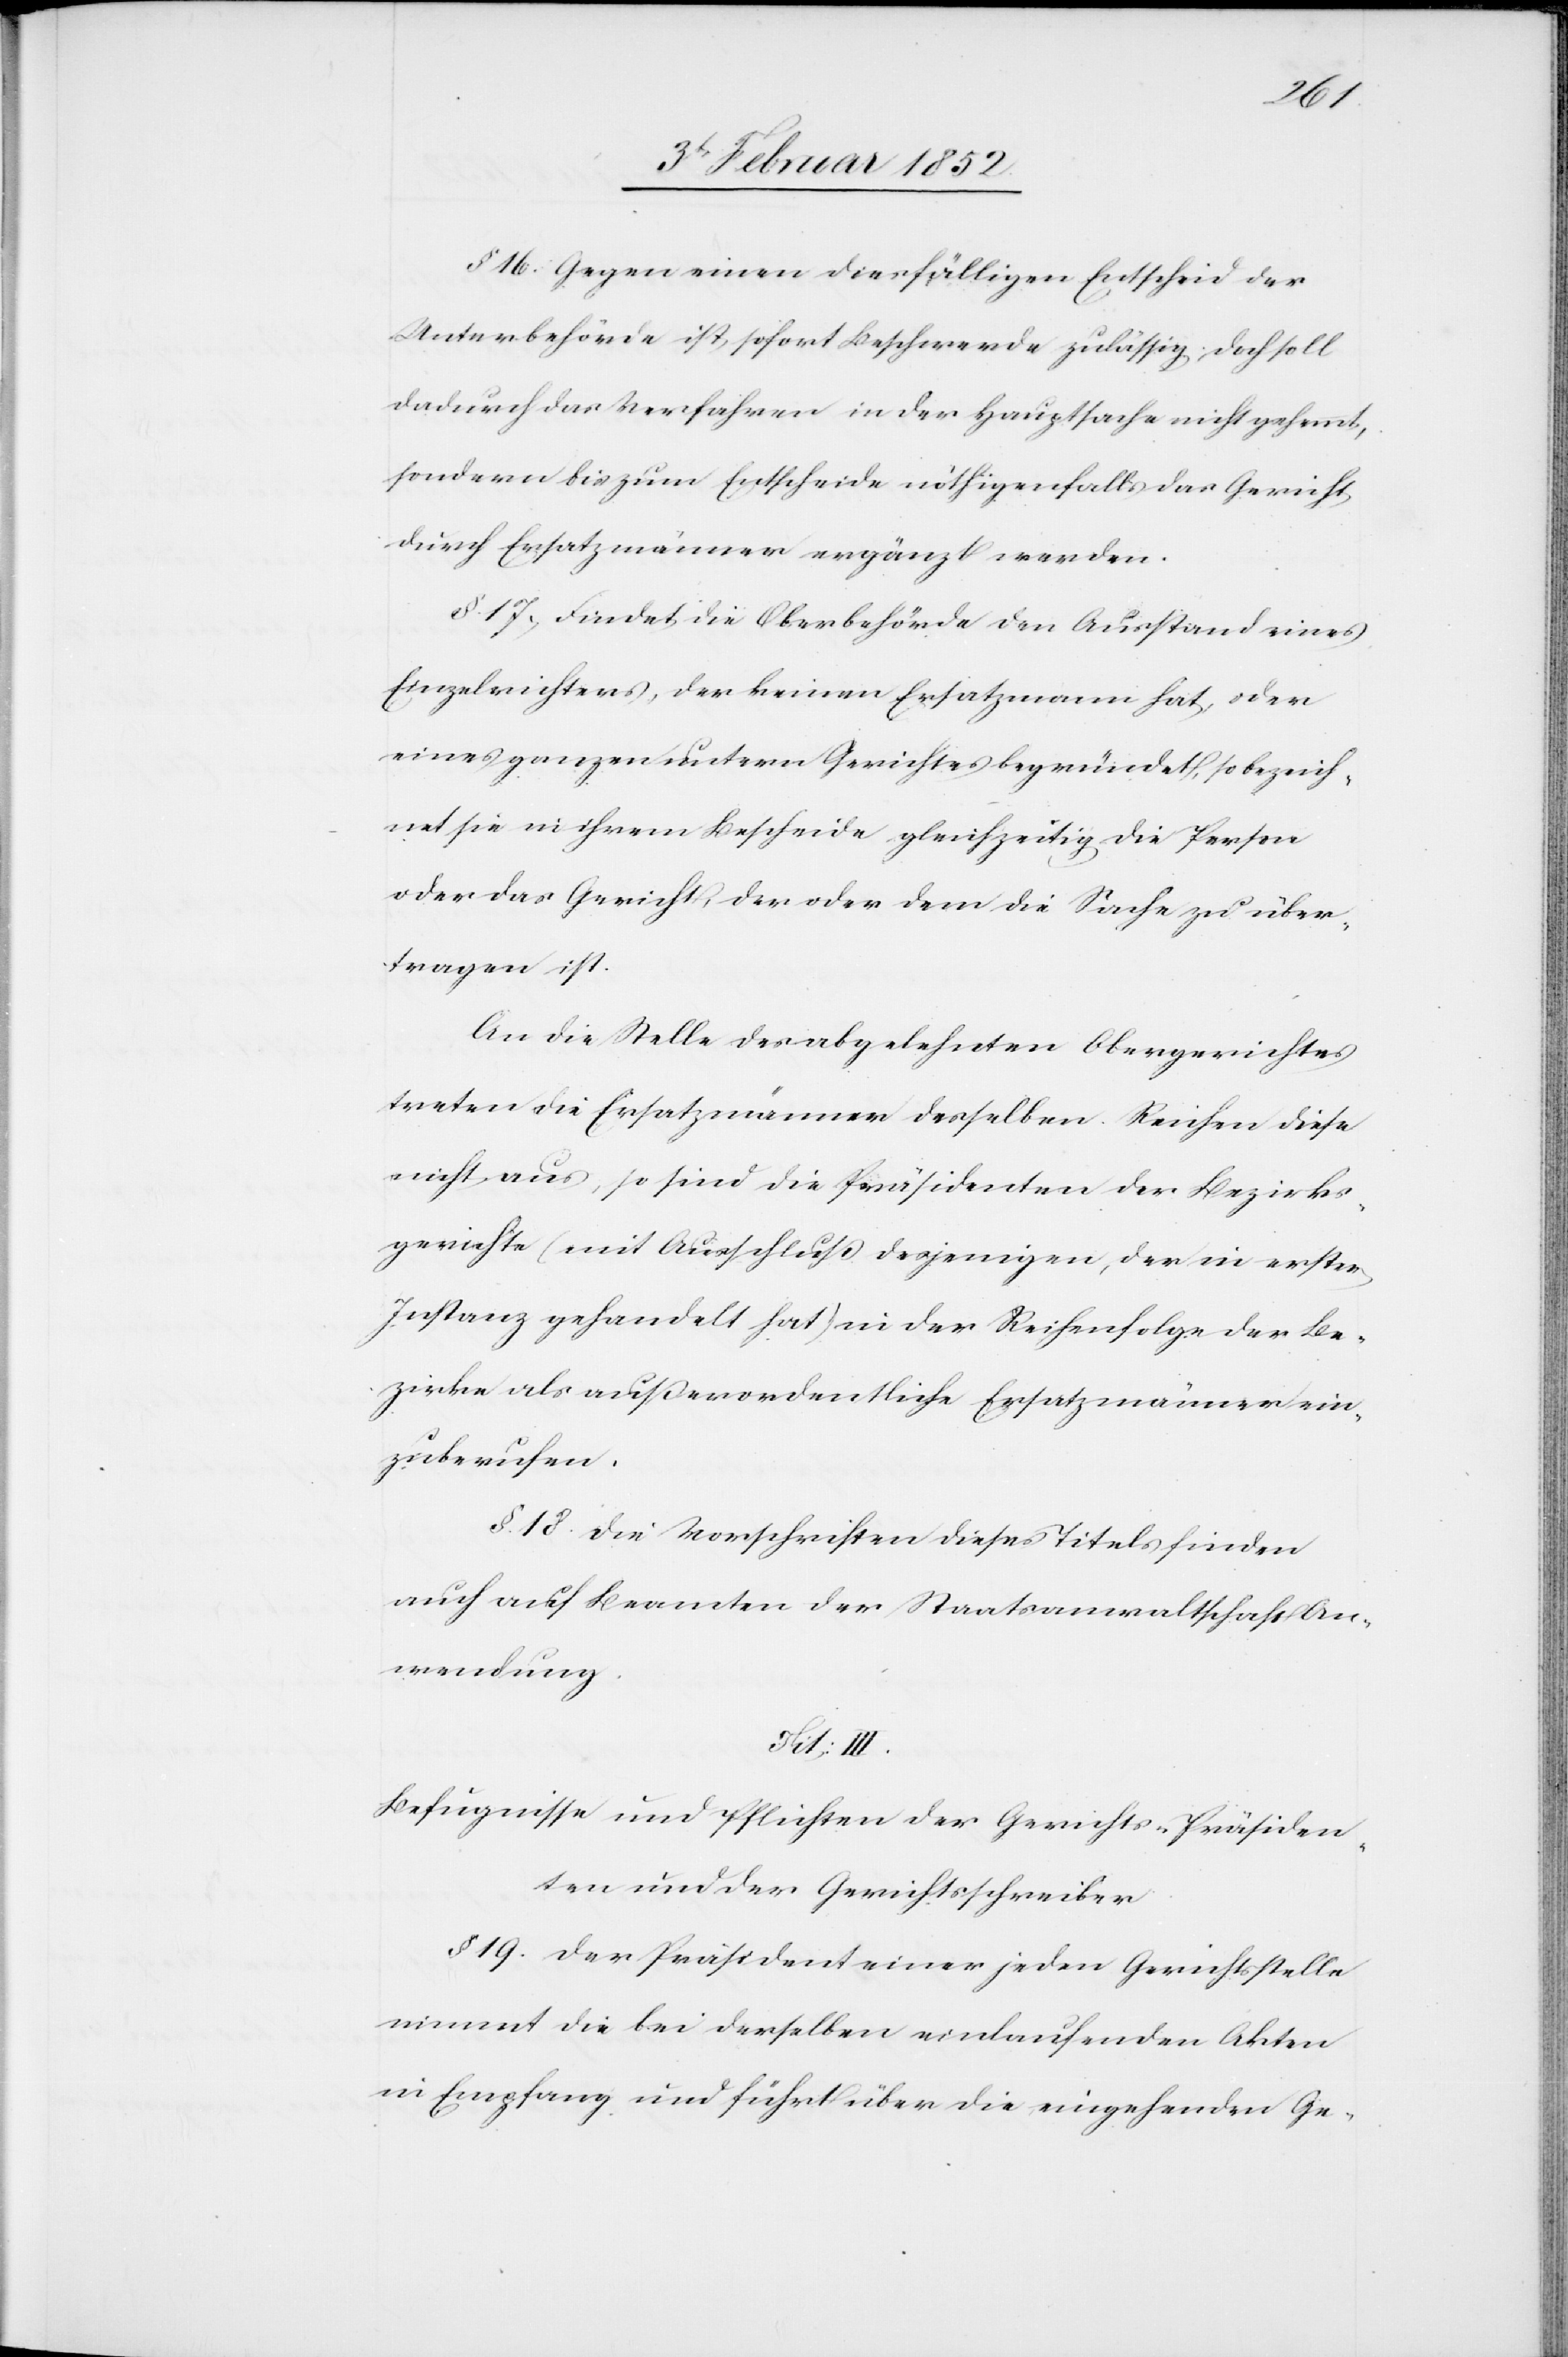
§ 16. Gegen einen diesfälligen Entscheid der
Unterbehörde ist sofort Beschwerde zulässig, doch soll
dadurch das Verfahren in der Hauptsache nicht gehemmt,
sondern bis zum Entscheide nöthigenfalls das Gericht
durch Ersatzmänner ergänzt werden.
§. 17.) Findet die Oberbehörde den Ausstand eines
Einzelbereichtes, der keinen Ersatzmann hat, oder
eines ganzen untern Gerichtes begründet, so bezeich¬
net sie in ihrem Bescheide gleichzeitig die Person
oder das Gericht, der oder dem die Sache zu über¬
tragen ist.
An die Stelle des abgelehnten Obergerichtes
treten die Ersatzmänner desselben. Reichen diese
nicht, so sind die Präsidenten der Bezirks¬
gerichte (mit Ausschluß desjenigen, der in erster
Instanz gehandelt hat) in der Reihenfolge der Be¬
zirke als außerordentliche Ersatzmänner ein¬
zuberufen.
§. 18. Die Vorschriften dieses Titels finden
auch auf Beamten der Staatsanwaltschaft An¬
wendung.
Tit: III.
Befugnisse und Pflichten der Gerichts-Präsiden¬
ten und der Gerichtsschreiber.
§ 19. Der Präsident einer jeden Gerichtsstelle
nimmt die bei derselben einlaufenden Akten
in Empfang und führt über die eingehenden Ge-